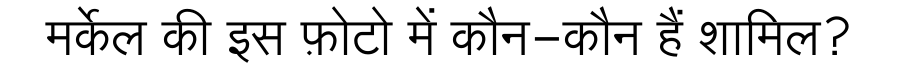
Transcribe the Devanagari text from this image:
मर्केल की इस फ़ोटो में कौन-कौन हैं शामिल?